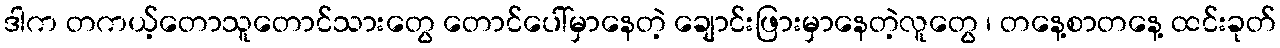
ဒါက တကယ့်တောသူတောင်သားတွေ တောင်ပေါ်မှာနေတဲ့ ချောင်းဖြားမှာနေတဲ့လူတွေ ၊ တနေ့စာတနေ့ ထင်းခုတ်